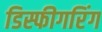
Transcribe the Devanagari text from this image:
डिस्फीगरिंग